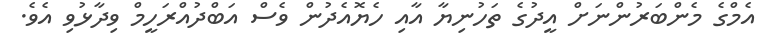
އެމްގެ މެންބަރުންނަށް އީދުގެ ތަހުނިޔާ އާއި ހެޔޮއެދުން ވެސް އަބްދުއްރަހީމް ވިދާޅުވި އެވެ.